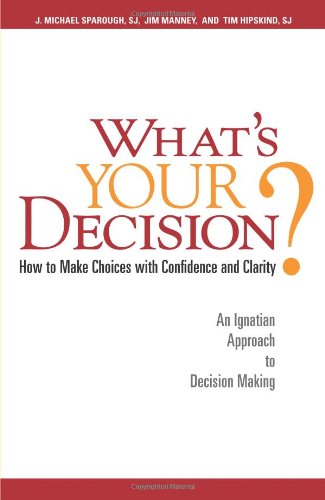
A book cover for What's Your Decision?: How to Make Choices with Confidence and Clarity: An Ignatian Approach to Decision Making; J. Michael Sparough SJ; Christian Books & Bibles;